Senior Leaving Certificate Examination (including Day School Certificate (Higher) General paper), 1948
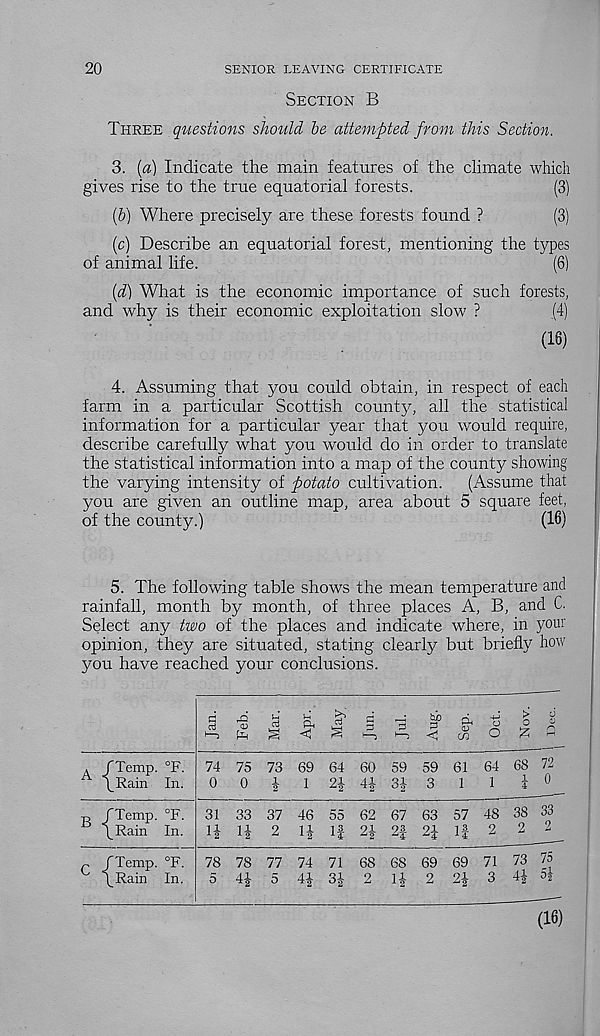
20
SENIOR LEAVING CERTIFICATE
SECTION B
THREE questions should be attempted from this Section.
3. {a) Indicate the main features of the climate which
gives rise to the true equatorial forests.
(3)
(b) Where precisely are these forests found ?
(3)
(c) Describe an equatorial forest, mentioning the types
of animal life.
(6)
{d) What is the economic importance of such forests,
and why is their economic exploitation slow ?
.(4)
(18)
4. Assuming that you could obtain, in respect of each
farm in a particular Scottish county, all the statistical
information for a particular year that you would require,
describe carefully what you would do in order to translate
the statistical information into a map of the county showing
the varying intensity of potato cultivation. (Assume that
you are given an outline map, area about 5 square feet,
of the county.)
(18)
5.
The following table shows
rainfall, month by month, of three places A, B, and C.
Select any two of the places and indicate where, in your
opinion, they are situated, stating clearly but briefly how
you have reached your conclusions.
A /Temp. °F.
\Rain In.
a!
<0
1 —>
pin
ft S'
^ ft
A
V
<J
C/3
4-j
^
o o
O £
74 75 73 69 64 60 59 59 61 64 68 72
0 0 i
1 24 44 34 3
1
1
i 0
B /Temp. °F.
C \Rain In.
31 33 37 46 55 62 67 63 57 48 38 33
14 14 2 14 If 24 2f 24 If 2 2 2
r /Temp. °F.
^ \Rain In.
78 78 77 74 71 68 68 69 69 71 73 75
3 44 54
44 5 44 34 2 14 2 24
(16)